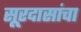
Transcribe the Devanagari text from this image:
सूरदासांचा